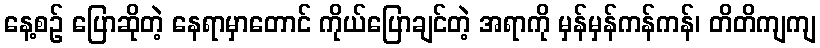
နေ့စဉ် ပြောဆိုတဲ့ နေရာမှာတောင် ကိုယ်ပြောချင်တဲ့ အရာကို မှန်မှန်ကန်ကန်၊ တိတိကျကျ